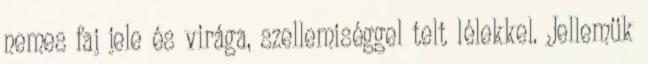
nemes faj jele és virága, szellemiséggel telt lélekkel. Jellemük